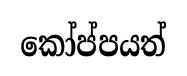
කෝප්පයත්